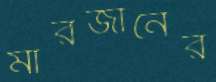
মারজানের